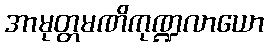
အာမုတ္တမဏိကုဏ္ဍလာယော